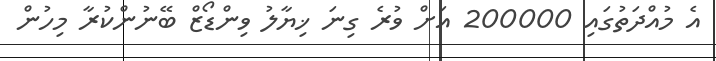
އެ މުއްދަތުގައި 200000 އަށް ވުރެ ގިނަ ޚިޔާލު ވިންޑޯޒް ބޭނުންކުރާ މިހުން